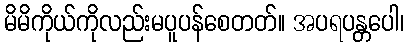
မိမိကိုယ်ကိုလည်းမပူပန်စေတတ်။ အပရပန္တပေါ၊